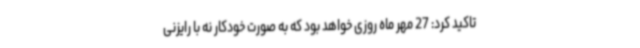
تاکید کرد: 27 مهر ماه روزی خواهد بود که به صورت خودکار نه با رایزنی